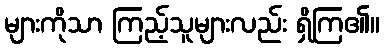
များကိုသာ ကြည့်သူများလည်း ရှိကြ၏။